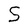
Character: S